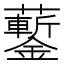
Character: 𧅀